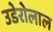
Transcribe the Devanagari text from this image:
उडेरोलाल